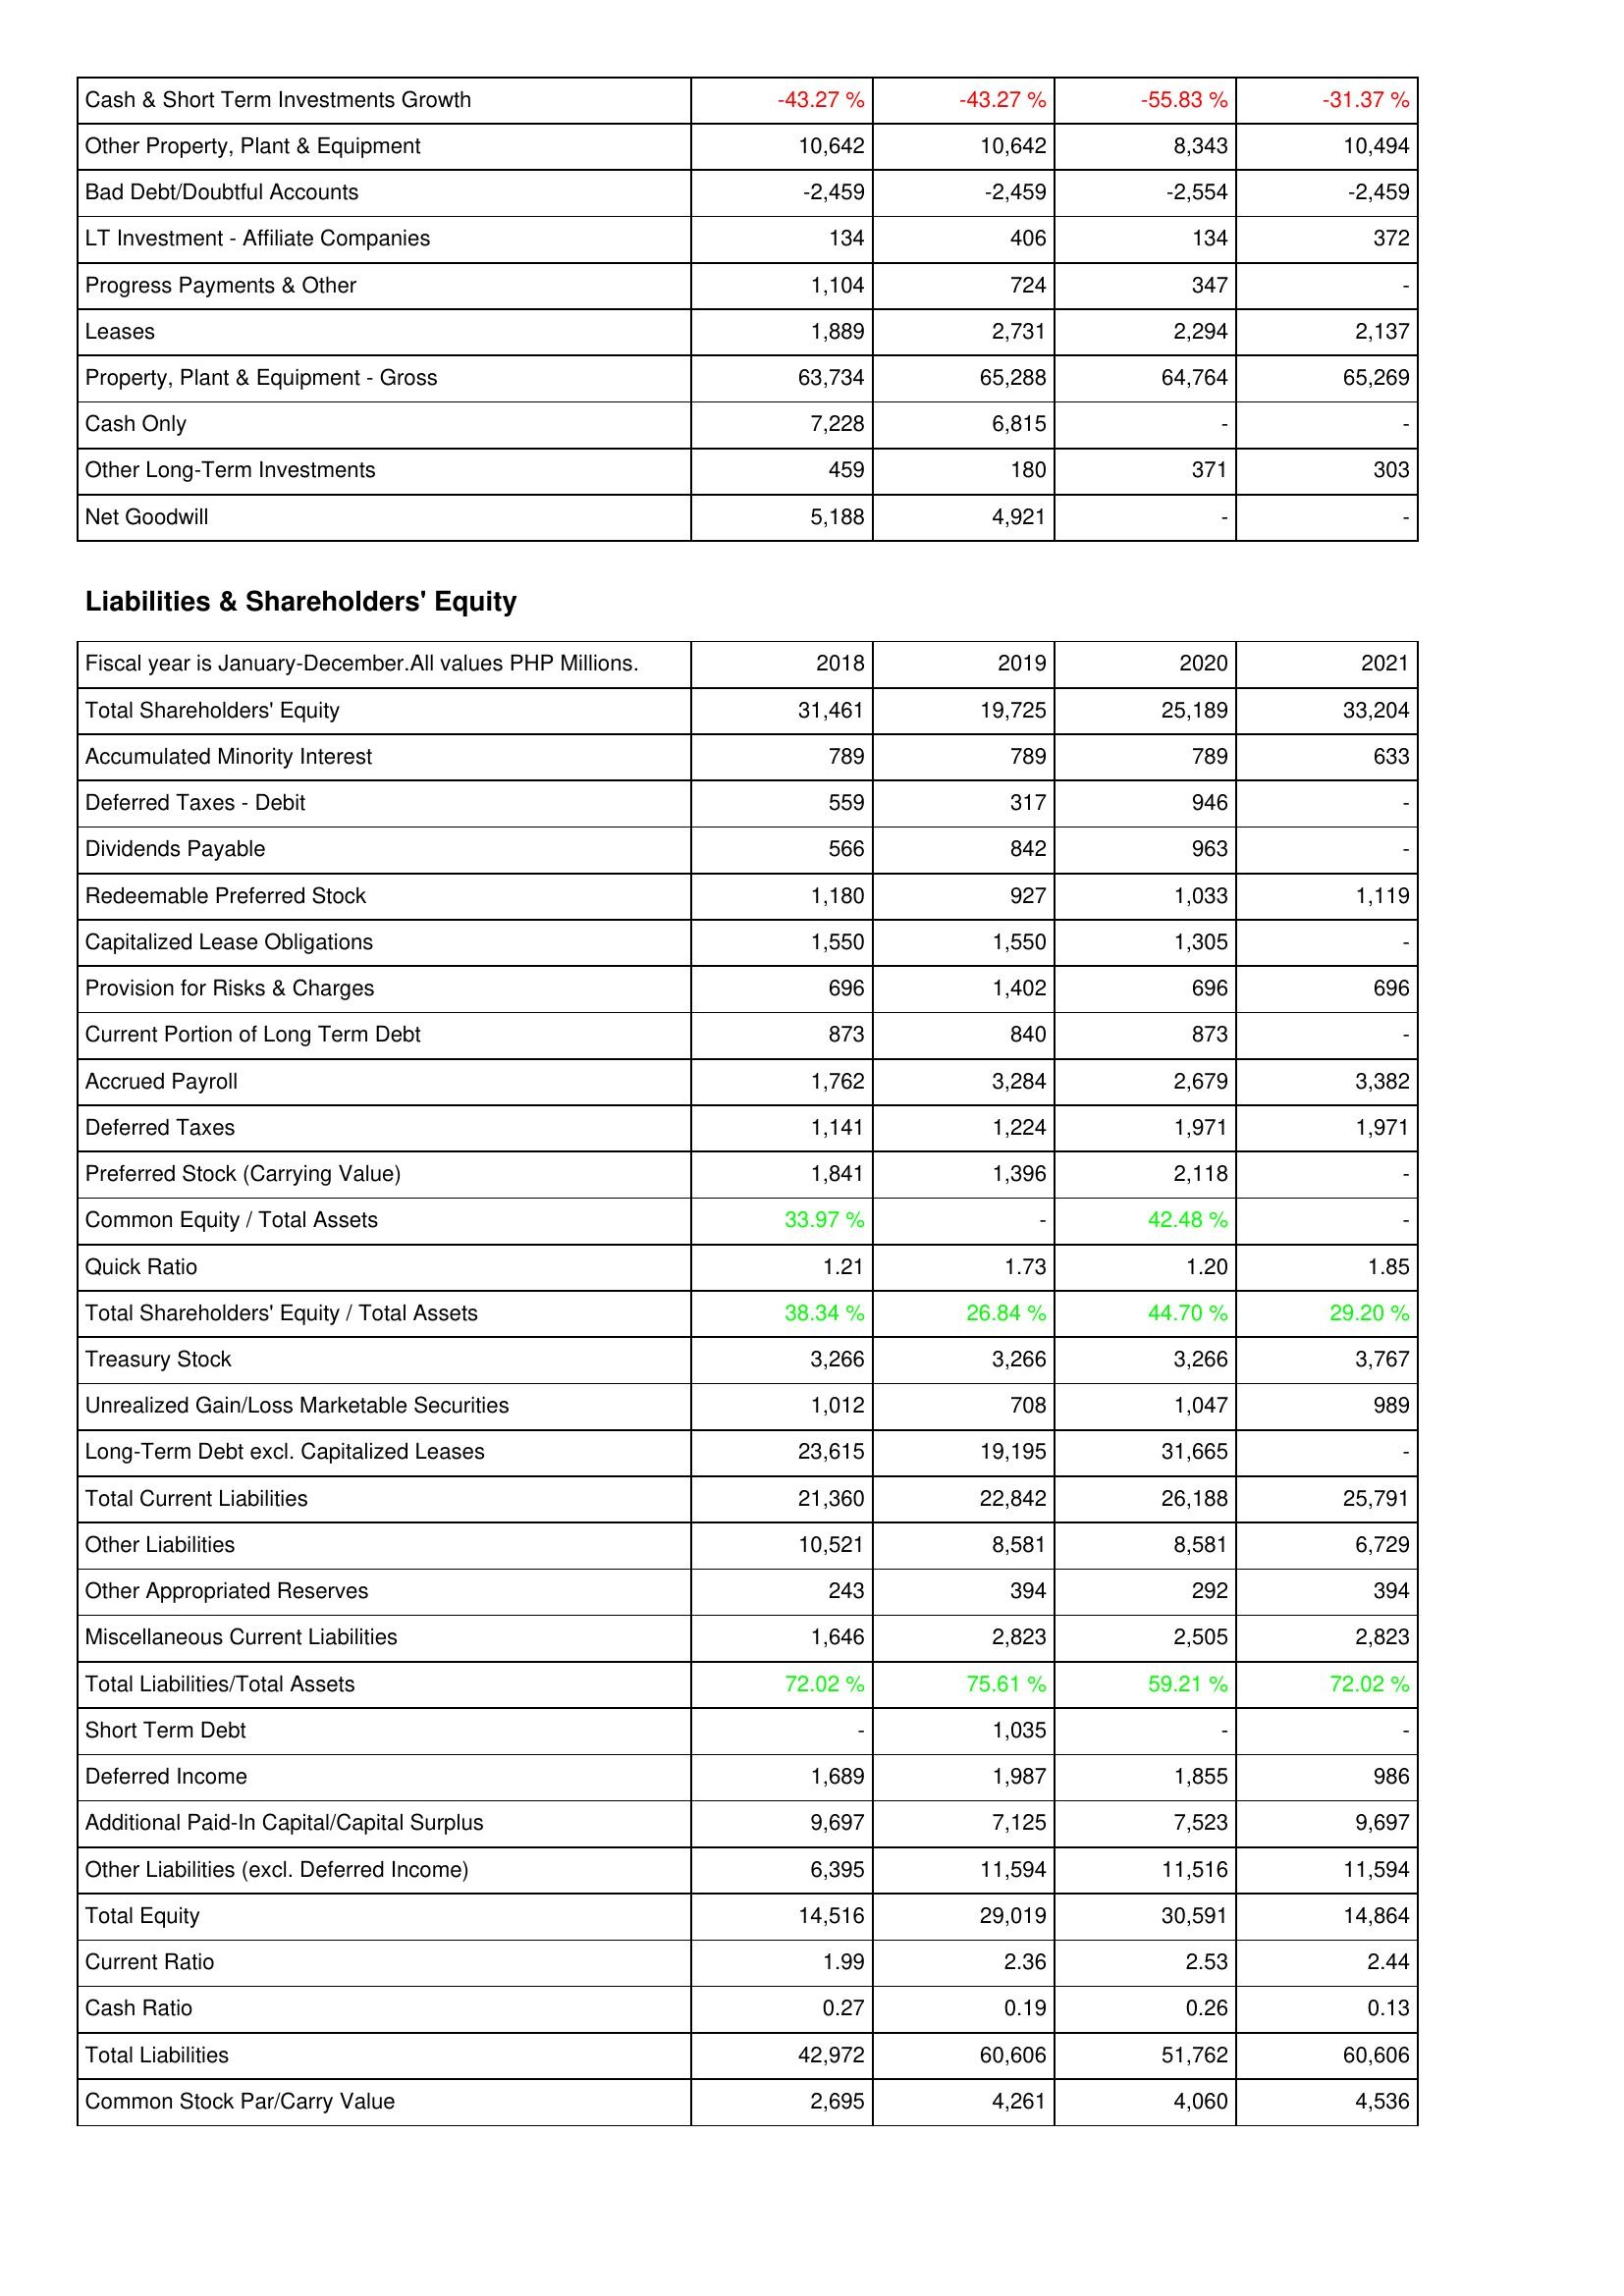
2018: Assets: Cash & Short Term Investments Growth: -43.27 %
Other Property, Plant & Equipment: 10,642
Bad Debt/Doubtful Accounts: -2,459
LT Investment - Affiliate Companies: 134
Progress Payments & Other: 1,104
Leases: 1,889
Property, Plant & Equipment - Gross: 63,734
Cash Only: 7,228
Other Long-Term Investments: 459
Net Goodwill: 5,188
Liabilities & Shareholders' Equity: Total Shareholders' Equity: 31,461
Accumulated Minority Interest: 789
Deferred Taxes - Debit: 559
Dividends Payable: 566
Redeemable Preferred Stock: 1,180
Capitalized Lease Obligations: 1,550
Provision for Risks & Charges: 696
Current Portion of Long Term Debt: 873
Accrued Payroll: 1,762
Deferred Taxes: 1,141
Preferred Stock (Carrying Value): 1,841
Common Equity / Total Assets: 33.97 %
Quick Ratio: 1.21
Total Shareholders' Equity / Total Assets: 38.34 %
Treasury Stock: 3,266
Unrealized Gain/Loss Marketable Securities: 1,012
Long-Term Debt excl. Capitalized Leases: 23,615
Total Current Liabilities: 21,360
Other Liabilities: 10,521
Other Appropriated Reserves: 243
Miscellaneous Current Liabilities: 1,646
Total Liabilities/Total Assets: 72.02 %
Short Term Debt: -
Deferred Income: 1,689
Additional Paid-In Capital/Capital Surplus: 9,697
Other Liabilities (excl. Deferred Income): 6,395
Total Equity: 14,516
Current Ratio: 1.99
Cash Ratio: 0.27
Total Liabilities: 42,972
Common Stock Par/Carry Value: 2,695
2019: Assets: Cash & Short Term Investments Growth: -43.27 %
Other Property, Plant & Equipment: 10,642
Bad Debt/Doubtful Accounts: -2,459
LT Investment - Affiliate Companies: 406
Progress Payments & Other: 724
Leases: 2,731
Property, Plant & Equipment - Gross: 65,288
Cash Only: 6,815
Other Long-Term Investments: 180
Net Goodwill: 4,921
Liabilities & Shareholders' Equity: Total Shareholders' Equity: 19,725
Accumulated Minority Interest: 789
Deferred Taxes - Debit: 317
Dividends Payable: 842
Redeemable Preferred Stock: 927
Capitalized Lease Obligations: 1,550
Provision for Risks & Charges: 1,402
Current Portion of Long Term Debt: 840
Accrued Payroll: 3,284
Deferred Taxes: 1,224
Preferred Stock (Carrying Value): 1,396
Common Equity / Total Assets: -
Quick Ratio: 1.73
Total Shareholders' Equity / Total Assets: 26.84 %
Treasury Stock: 3,266
Unrealized Gain/Loss Marketable Securities: 708
Long-Term Debt excl. Capitalized Leases: 19,195
Total Current Liabilities: 22,842
Other Liabilities: 8,581
Other Appropriated Reserves: 394
Miscellaneous Current Liabilities: 2,823
Total Liabilities/Total Assets: 75.61 %
Short Term Debt: 1,035
Deferred Income: 1,987
Additional Paid-In Capital/Capital Surplus: 7,125
Other Liabilities (excl. Deferred Income): 11,594
Total Equity: 29,019
Current Ratio: 2.36
Cash Ratio: 0.19
Total Liabilities: 60,606
Common Stock Par/Carry Value: 4,261
2020: Assets: Cash & Short Term Investments Growth: -55.83 %
Other Property, Plant & Equipment: 8,343
Bad Debt/Doubtful Accounts: -2,554
LT Investment - Affiliate Companies: 134
Progress Payments & Other: 347
Leases: 2,294
Property, Plant & Equipment - Gross: 64,764
Cash Only: -
Other Long-Term Investments: 371
Net Goodwill: -
Liabilities & Shareholders' Equity: Total Shareholders' Equity: 25,189
Accumulated Minority Interest: 789
Deferred Taxes - Debit: 946
Dividends Payable: 963
Redeemable Preferred Stock: 1,033
Capitalized Lease Obligations: 1,305
Provision for Risks & Charges: 696
Current Portion of Long Term Debt: 873
Accrued Payroll: 2,679
Deferred Taxes: 1,971
Preferred Stock (Carrying Value): 2,118
Common Equity / Total Assets: 42.48 %
Quick Ratio: 1.20
Total Shareholders' Equity / Total Assets: 44.70 %
Treasury Stock: 3,266
Unrealized Gain/Loss Marketable Securities: 1,047
Long-Term Debt excl. Capitalized Leases: 31,665
Total Current Liabilities: 26,188
Other Liabilities: 8,581
Other Appropriated Reserves: 292
Miscellaneous Current Liabilities: 2,505
Total Liabilities/Total Assets: 59.21 %
Short Term Debt: -
Deferred Income: 1,855
Additional Paid-In Capital/Capital Surplus: 7,523
Other Liabilities (excl. Deferred Income): 11,516
Total Equity: 30,591
Current Ratio: 2.53
Cash Ratio: 0.26
Total Liabilities: 51,762
Common Stock Par/Carry Value: 4,060
2021: Assets: Cash & Short Term Investments Growth: -31.37 %
Other Property, Plant & Equipment: 10,494
Bad Debt/Doubtful Accounts: -2,459
LT Investment - Affiliate Companies: 372
Progress Payments & Other: -
Leases: 2,137
Property, Plant & Equipment - Gross: 65,269
Cash Only: -
Other Long-Term Investments: 303
Net Goodwill: -
Liabilities & Shareholders' Equity: Total Shareholders' Equity: 33,204
Accumulated Minority Interest: 633
Deferred Taxes - Debit: -
Dividends Payable: -
Redeemable Preferred Stock: 1,119
Capitalized Lease Obligations: -
Provision for Risks & Charges: 696
Current Portion of Long Term Debt: -
Accrued Payroll: 3,382
Deferred Taxes: 1,971
Preferred Stock (Carrying Value): -
Common Equity / Total Assets: -
Quick Ratio: 1.85
Total Shareholders' Equity / Total Assets: 29.20 %
Treasury Stock: 3,767
Unrealized Gain/Loss Marketable Securities: 989
Long-Term Debt excl. Capitalized Leases: -
Total Current Liabilities: 25,791
Other Liabilities: 6,729
Other Appropriated Reserves: 394
Miscellaneous Current Liabilities: 2,823
Total Liabilities/Total Assets: 72.02 %
Short Term Debt: -
Deferred Income: 986
Additional Paid-In Capital/Capital Surplus: 9,697
Other Liabilities (excl. Deferred Income): 11,594
Total Equity: 14,864
Current Ratio: 2.44
Cash Ratio: 0.13
Total Liabilities: 60,606
Common Stock Par/Carry Value: 4,536